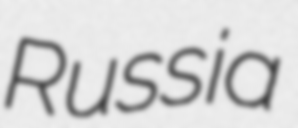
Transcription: Russia